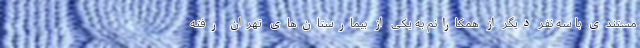
مستندی با سه نفر دیگر از همکارانم به یکی از بیمارستان‌های تهران رفته